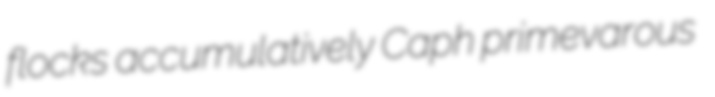
flocks accumulatively Caph primevarous